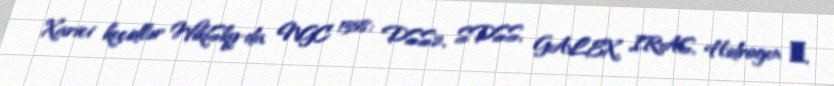
Xarici keçidlər WikiSky-da NGC 1358: DSS2, SDSS, GALEX, IRAS, Hidrogen α,